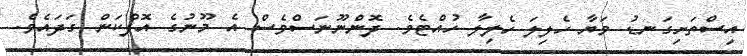
އިސްތަށިގަނޑު ވަޔާ ހެލިލަ ހެލިލާ ހުއްޓެވެ. ދޮންނޫނަސްވެސް އެ މޫނުގެ އޮފްކަން ގަދައެވެ.